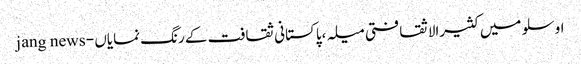
اوسلو میں کثیرالاثقافتی میلہ ،پاکستانی ثقافت کے رنگ نمایاں - jang news